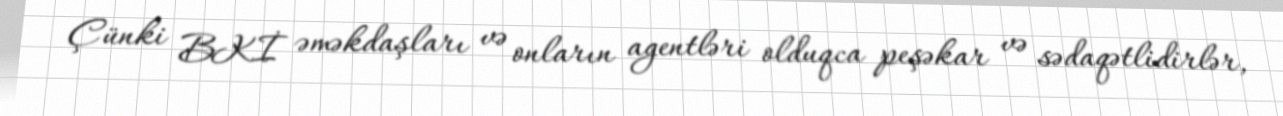
Çünki BKİ əməkdaşları və onların agentləri olduqca peşəkar və sədaqətlidirlər,